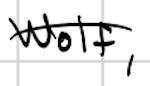
Text: wolf,
Cross-out: single-line
Writing tool: digital_black